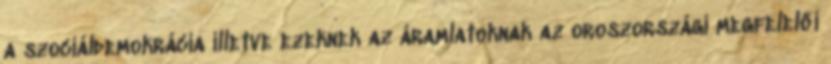
a szociáldemokrácia illetve ezeknek az áramlatoknak az oroszországi megfelelői